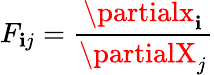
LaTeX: F_{\mathbf{i}j}=\frac{{\partialx_{\mathbf{i}}}}{{\partialX_{j}}}